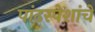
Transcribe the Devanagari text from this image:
पांढरपेशांचे